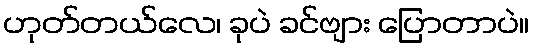
ဟုတ်တယ်လေ၊ ခုပဲ ခင်ဗျား ပြောတာပဲ။